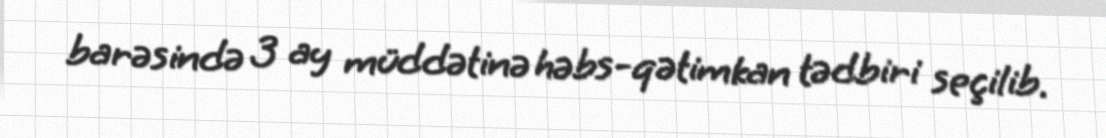
barəsində 3 ay müddətinə həbs-qətimkan tədbiri seçilib.